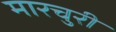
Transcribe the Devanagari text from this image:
मारचुरी